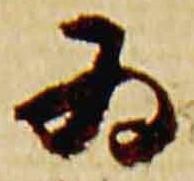
為